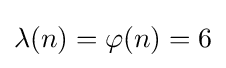
\lambda (n)=\varphi (n)=6